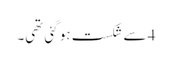
4 سے شکست ہو گئی تھی۔